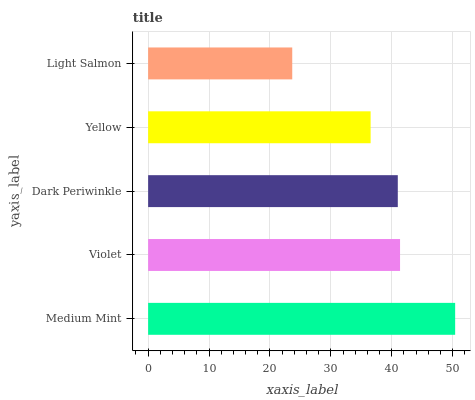
| yaxis_label | bars |
 | --- | --- |
 | Medium Mint | 50.4 |
 | Violet | 41.4 |
 | Dark Periwinkle | 41 |
 | Yellow | 36.5 |
 | Light Salmon | 23.7 |